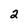
Character: 2